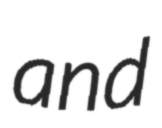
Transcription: and